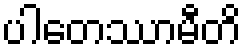
ပါတေဿာမီတိ